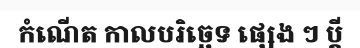
កំណើត កាលបរិច្ឆេទ ផ្សេង ៗ ប្តី